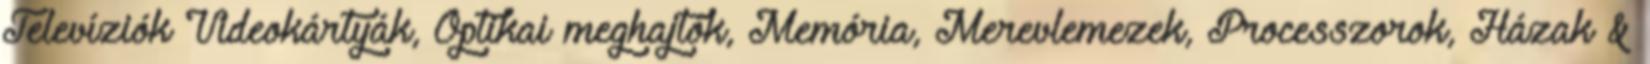
Televíziók Videokártyák, Optikai meghajtók, Memória, Merevlemezek, Processzorok, Házak &